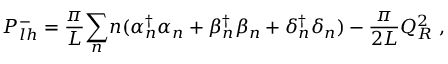
P _ { l h } ^ { - } = { \frac { \pi } { L } } { \sum _ { n } } n ( \alpha { _ n ^ { \dagger } } \alpha _ { n } + \beta { _ n ^ { \dagger } } \beta _ { n } + \delta { _ n ^ { \dagger } } \delta _ { n } ) - { \frac { \pi } { 2 L } } Q _ { R } ^ { 2 } \; ,